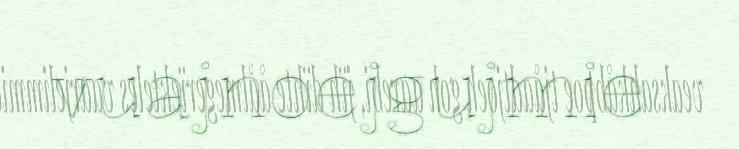
vuajnoejgujmie